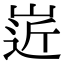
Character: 𡹢